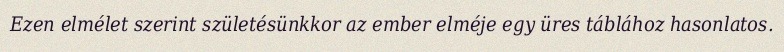
Ezen elmélet szerint születésünkkor az ember elméje egy üres táblához hasonlatos.